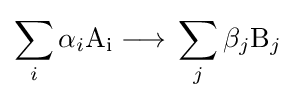
\sum _{i}\alpha _{i}{\mathrm {A} {\vphantom {A}}_{\smash[{t}]{\mathrm {i} }}}{{}\mathrel {\longrightarrow } {}}\sum _{j}\beta _{j}{\mathrm {B} {\vphantom {A}}_{\smash[{t}]{j}}}